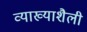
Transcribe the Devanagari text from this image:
व्याख्याशैली